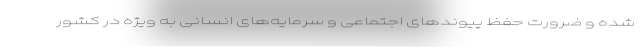
شده و ضرورت حفظ پیوند‌های اجتماعی و سرمایه‌های انسانی به ویژه در کشور